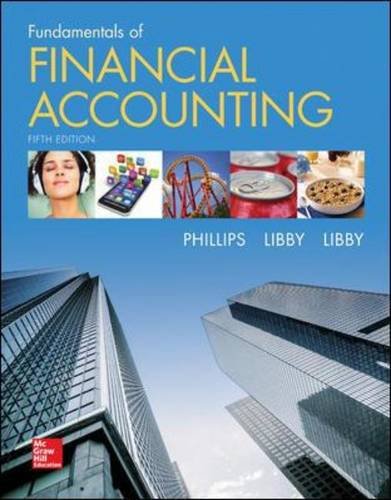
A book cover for Fundamentals of Financial Accounting; Fred Phillips; Business & Money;